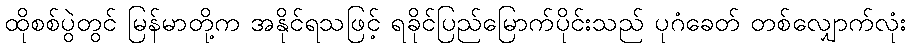
ထိုစစ်ပွဲတွင် မြန်မာတို့က အနိုင်ရသဖြင့် ရခိုင်ပြည်မြောက်ပိုင်းသည် ပုဂံခေတ် တစ်လျှောက်လုံး